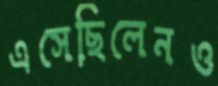
এসেছিলেনও